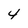
Character: 4